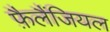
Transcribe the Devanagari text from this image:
फ़ैलैंजियल